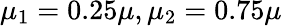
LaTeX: \mu_{1}=0.25\mu,\mu_{2}=0.75\mu